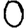
Digit: 0